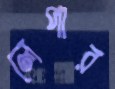
লেপার